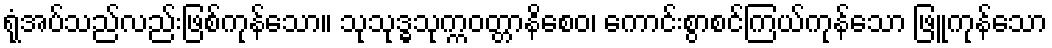
ရုံအပ်သည်လည်းဖြစ်ကုန်သော။ သုသုဒ္ဓသုက္ကဝတ္တာနိစေဝ၊ ကောင်းစွာစင်ကြယ်ကုန်သော ဖြူကုန်သော